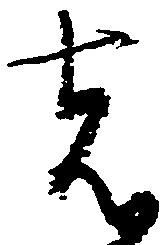
者